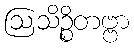
ဩသိဉ္စိတဗ္ဗာ